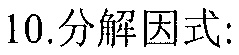
10.分解因式: